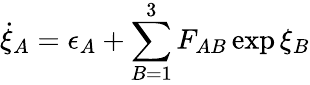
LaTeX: \dot{\xi}_{A}=\epsilon_{A}+\sum_{B=1}^{3}F_{AB}\exp\xi_{B}